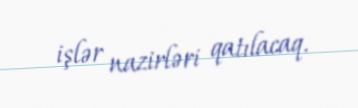
işlər nazirləri qatılacaq.